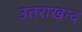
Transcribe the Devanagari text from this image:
उत्तराखन्द